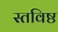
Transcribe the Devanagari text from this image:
स्तविष्ठ